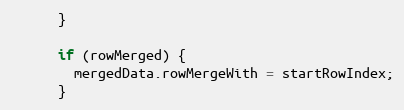
Language: JavaScript
      }

      if (rowMerged) {
        mergedData.rowMergeWith = startRowIndex;
      }